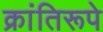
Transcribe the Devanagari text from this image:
क्रांतिरूपे